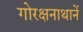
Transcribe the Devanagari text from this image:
गोरक्षनाथानें